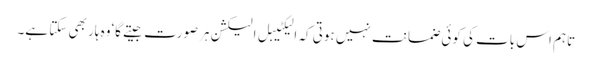
تاہم اس بات کی کوئی ضمانت نہیں ہوتی کہ الیکٹیبل الیکشن ہرصورت جیتے گا‘وہ ہار بھی سکتا ہے۔